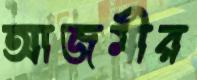
আজমীর